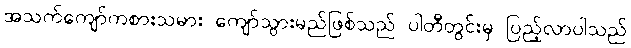
အသက်ကျော်ကစားသမား ကျော်သွားမည်ဖြစ်သည် ပါတီတွင်းမှ ပြည့်လာပါသည်